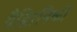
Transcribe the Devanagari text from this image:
वैज्ञिानिकों